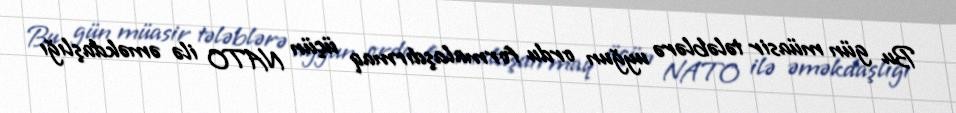
Bu gün müasir tələblərə uyğun ordu formalaşdırmaq üçün NATO ilə əməkdaşlığı